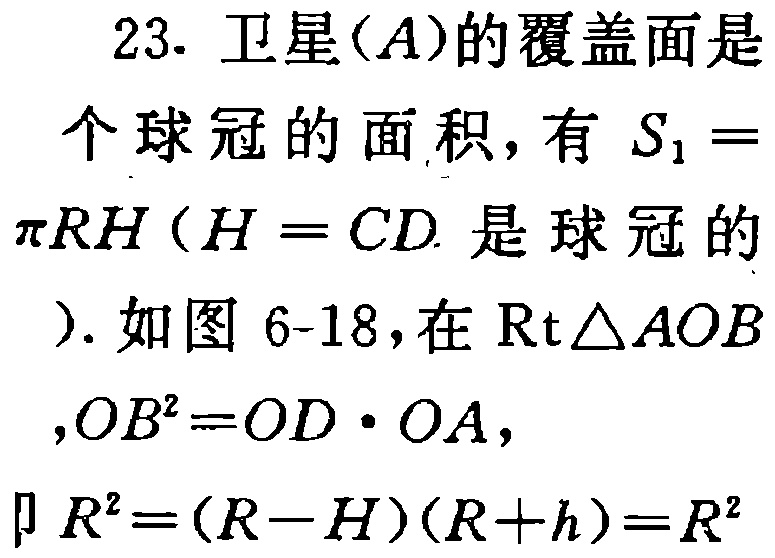
23. 卫星$(A)$的覆盖面是

个球冠的面积，有$S_{1}=$

$\pi RH$（$H = CD$是球冠的

）. 如图 6-18，在$\mathrm{Rt}\triangle AOB$

$,OB^{2}=OD\cdot OA$，

即$R^{2}=(R - H)(R + h)=R^{2}$